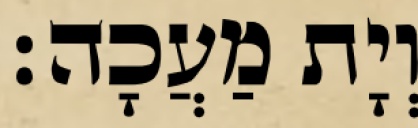
וְיָת מַעֲכָה׃